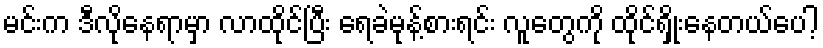
မင်းက ဒီလိုနေရာမှာ လာထိုင်ပြီး ရေခဲမုန့်စားရင်း လူတွေကို ထိုင်ရှိုးနေတယ်ပေါ့